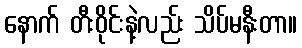
နောက် တီးဝိုင်းနဲ့လည်း သိပ်မနီးတာ။